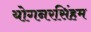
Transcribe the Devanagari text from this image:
योगनरसिंहम